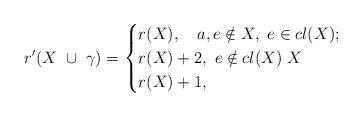
LaTeX: \begin{align*} ~~~~~~~~~~~~~~~~~~~~~~~~r'(X~\cup ~\gamma) = \begin{cases} r(X), ~~~ a, e\notin X, ~ e\in cl(X);~ \\ r(X)+2, ~ e\notin cl(X)~ X \\ r(X)+1, \end{cases} \end{align*}